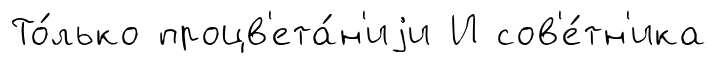
То́лько процв'ета́н'иjи И сов'е́тн'ика